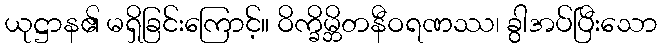
ယုဋ္ဌာန၏ မရှိခြင်းကြောင့်။ ဝိက္ခိမ္ဘိတနီဝရဏဿ၊ ခွါအပ်ပြီးသော